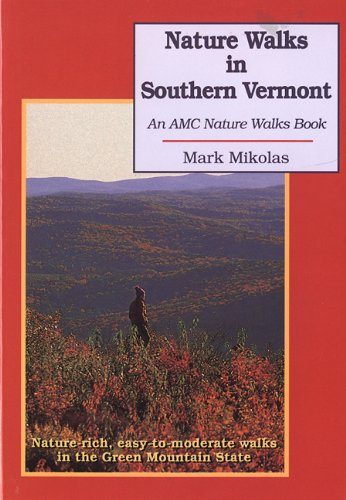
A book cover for Nature Walks In Southern Vermont: Nature-rich, Easy-to-Moderate Walks in the Green Mountain State; Mark Mikolas; Travel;